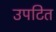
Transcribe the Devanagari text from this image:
उपटित